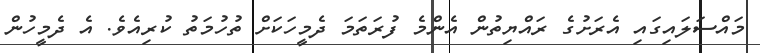
މައްސަލައިގައި އެރަށުގެ ރައްޔިތުން އެންމެ ފުރަތަމަ ދެމީހަކަށް ތުހުމަތު ކުރިއެވެ. އެ ދެމީހުން